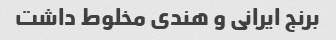
برنج ایرانی و هندی مخلوط داشت